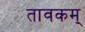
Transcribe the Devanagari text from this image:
तावकम्